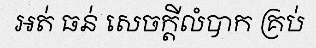
អត់ ធន់ សេចក្តីលំបាក គ្រប់